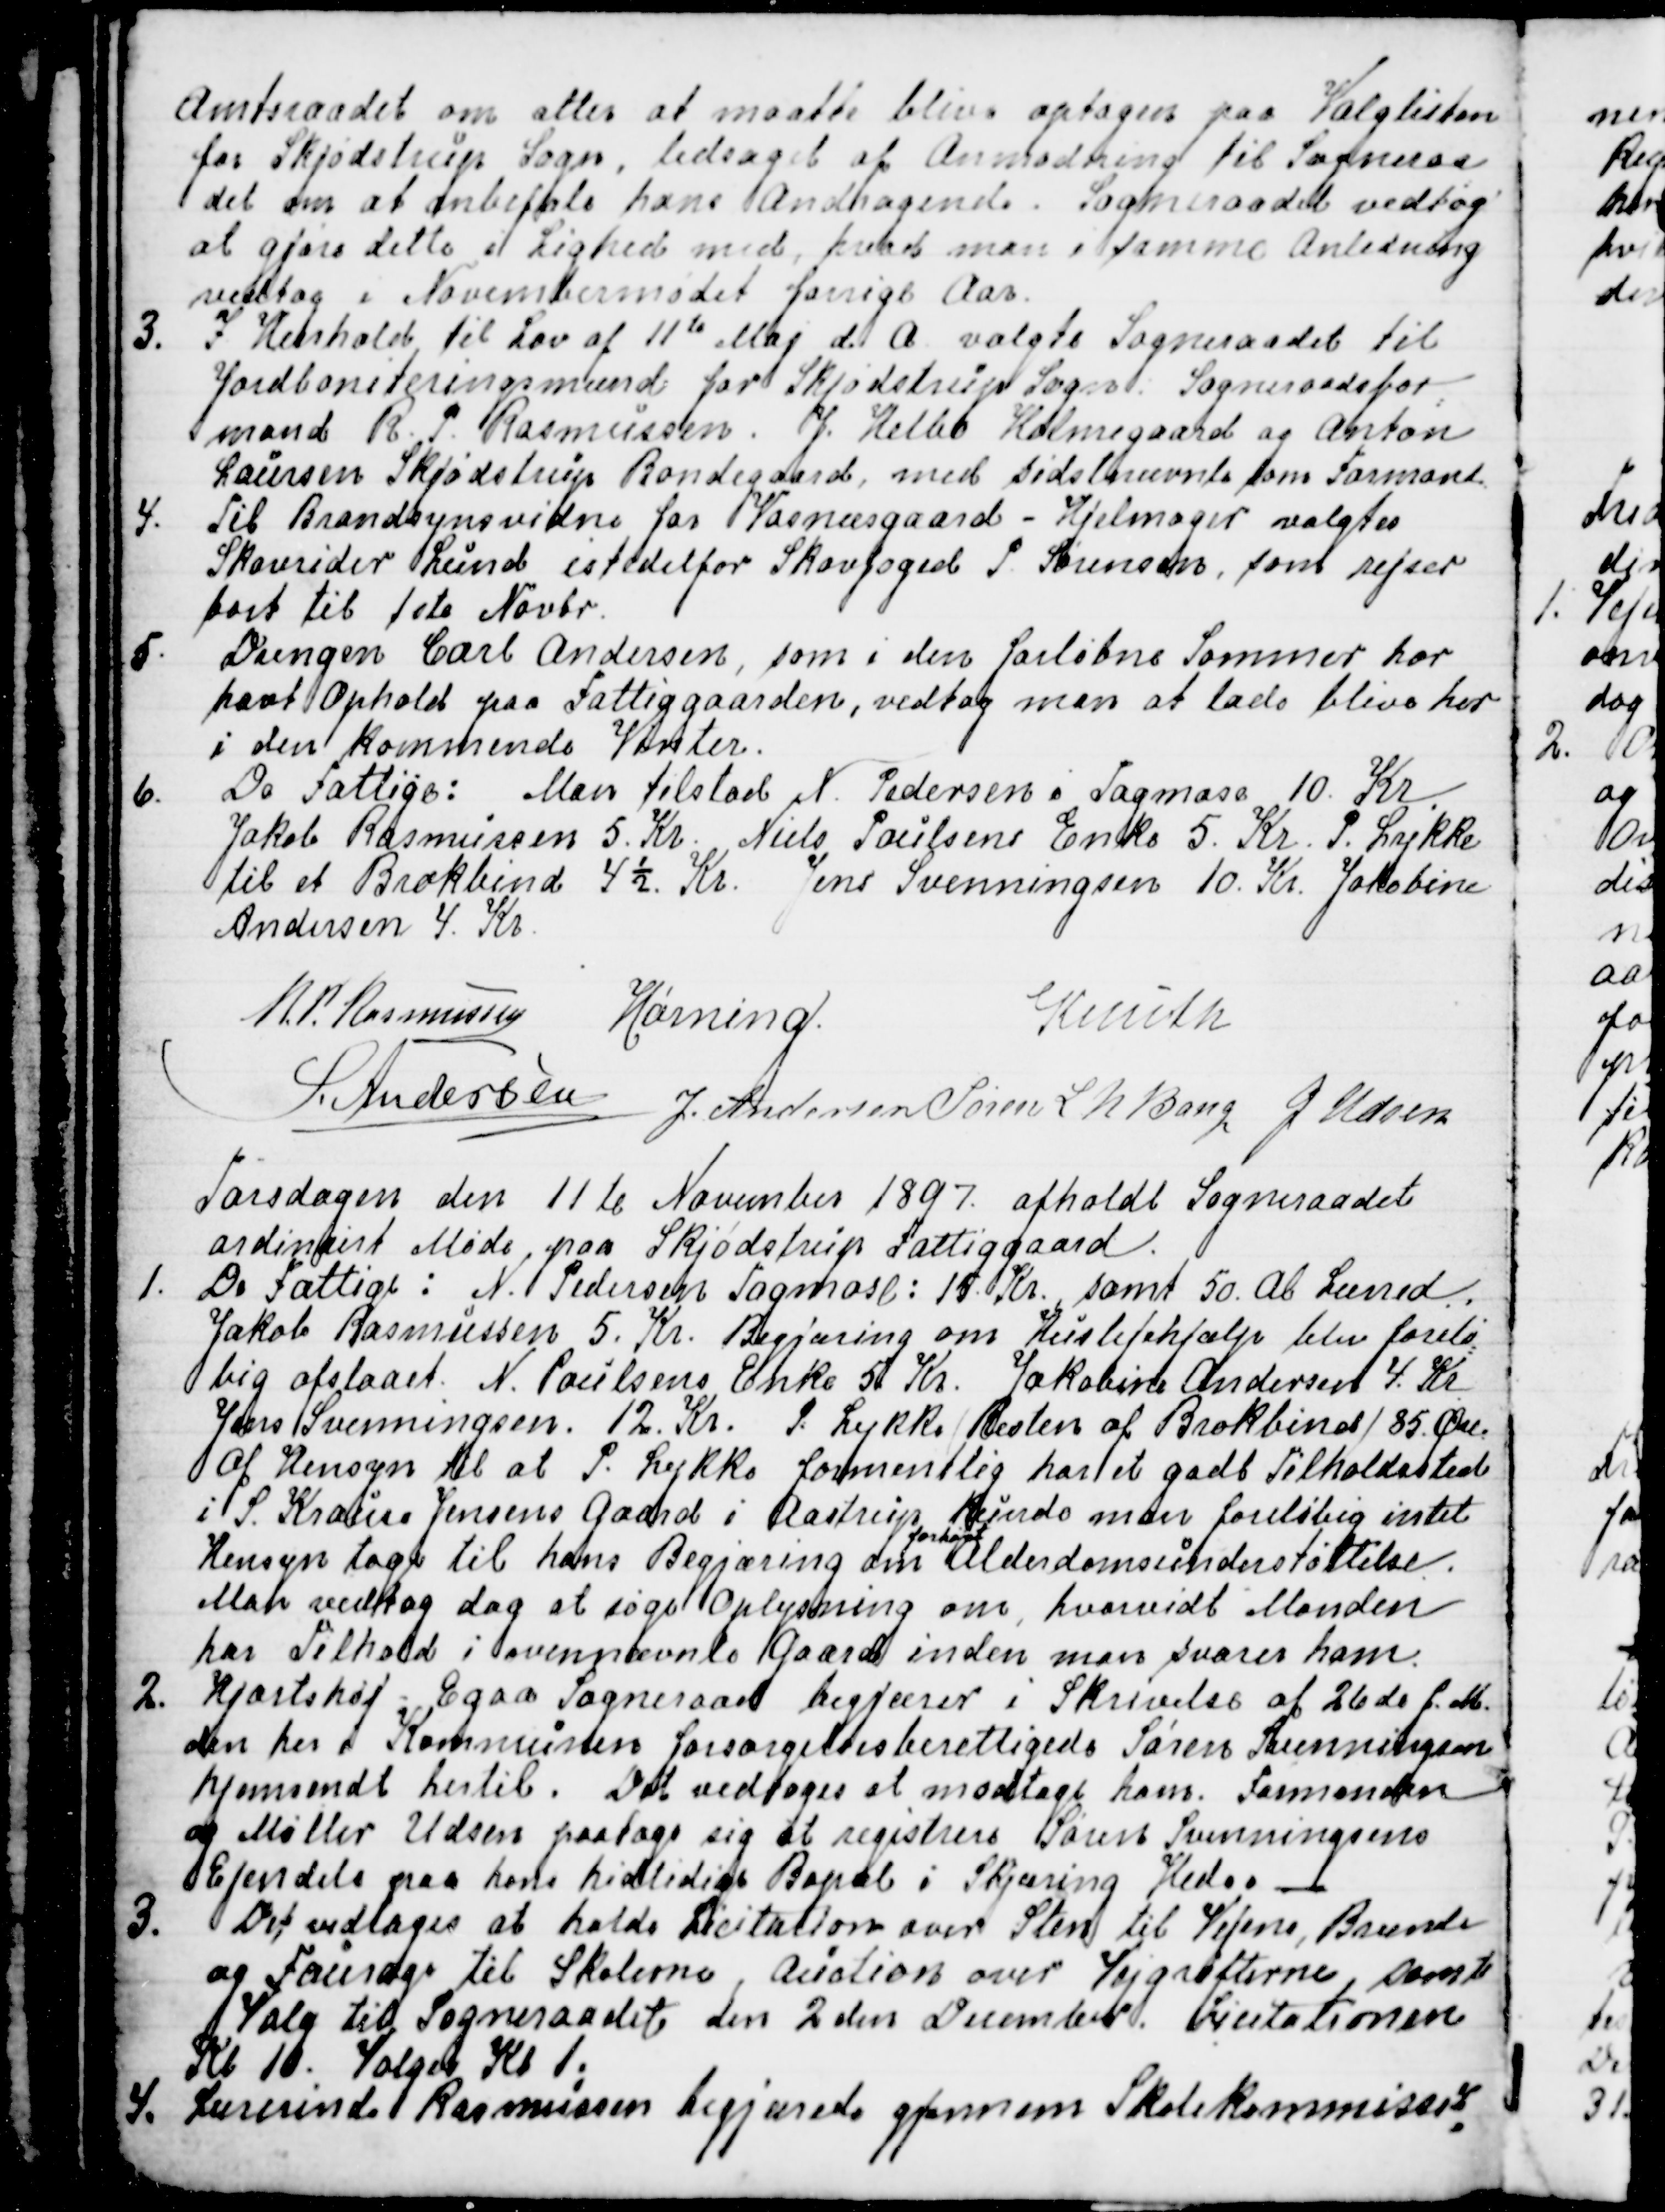
Transskription:
Amtsraadet om atter at maatte blive optagen paa Valglisten
for Skjødstrup Sogn, ledsaget af Anmodning til Sogneraa
=
det om at anbefale hans Andragende. Sogneraadet vedtog
at gjøre dette i Lighed med, hvad man i samme Anledning
vedtog i Novembermødet forrige Aar.
3. I Henhold til Lov af 11te Maj d. A. valgte Sogneraadet til
Jordboniteringsmænd for Skjødstrup Sogn. Sogneraadsfor
=
mand R. P. Rasmussen, J. Helbo Holmegaard og Anton
Laursen Skjødstrup Bondegaard, med sidstnævnte som Formand.
4. Til Brandsynsvidne for Vosnæsgaard-Hjelmager valgtes
Skovrider Lund istedetfor Skovfoged P. Sørensen, som rejser
bort til 1ste Novbr.
5. Drengen Carl Andersen, som i den forløbne Sommer har
havt Ophold paa Fattiggaarden, vedtog man at lade blive her
i den kommende Vinter.
6. De Fattige: Man tilstod N. Pedersen i Tagmose 10. Kr.
Jakob Rasmussen 5. Kr. Niels Poulsens Enke 5. Kr.  P. Lykke
til et Brokbind 4½ Kr. Jens Svenningsen 10. Kr. Jakobine
Andersen 4. Kr.
R.P. Rasmussen
Hørning.
Knuth
S. Andersen
J. Andersen
Søren L N Bang
J Udsen

Torsdagen den 11te November 1897. afholdt Sogneraadet
ordinairt Møde paa Skjødstrup Fattiggaard.
1. De Fattige: N. Pedersen Tagmose: 15. Kr. 50. Al Lærred.
Jakob Rasmussen 5. Kr. Begjæring om Huslejehjælp blev forelø
=
big afslaaet. N. Poulsens Enke 5. Kr. Jakobine Andersen 4. Kr.
Jens Svenningsen.12. Kr.  P. Lykke (Resten af Brokbind) 85 Øre.
Af Hensyn til at P. Lykke formentlig har et godt Tilholdssted
i S. Krause Jensens Gaard i Aastrup kunde man foreløbig intet
Hensyn tage til hans Begjæring om
forhøjet
Alderdomsunderstøttelse.
Man vedtog dog at søge Oplysning om, hvorvidt Manden
har Tilhold i ovennævnte Gaard inden man svarer ham.
2. Hjortshøj-Egaa Sogneraad begjærer i Skrivelse af 26de f. M.
den her i Kommunen forsørgelsesberettigede Søren Svenningsen
hjemsendt hertil. Det vedtoges at modtage ham. Formanden
og Møller Udsen paatoge sig at registrere Søren Svenningsens
Ejendele paa hans hidtidige Bopæl i Skjæring Hede.
3. Det vedtoges at holde Licitation over Sten til Vejene, Brænde
og Fourage til Skolerne, Auction over Vejgrøfterne, samt
Valg til Sogneraadet den 2den December. Licitationen
Kl 10. Valget Kl 1.
4. Lærerinde Rasmussen begjærede gjennem Skolekommissi
=